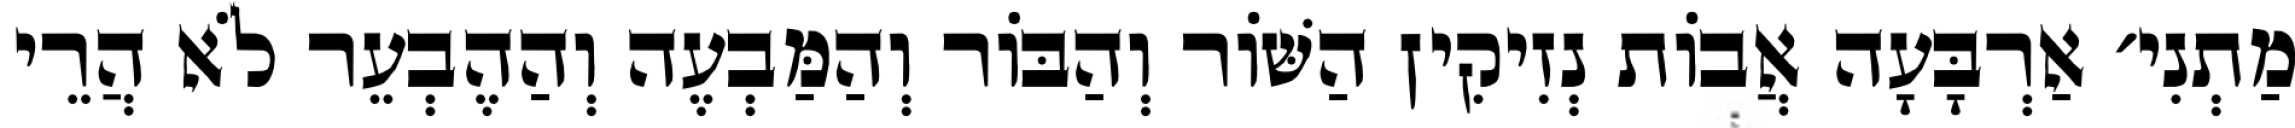
מַתְנִי׳ אַרְבָּעָה אֲבוֹת נְזִיקִין הַשּׁוֹר וְהַבּוֹר וְהַמַּבְעֶה וְהַהֶבְעֵר לֹא הֲרֵי